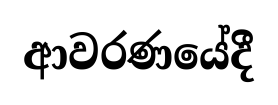
ආවරණයේදී